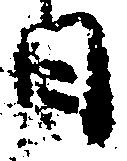
日